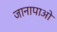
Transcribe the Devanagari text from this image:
जानापाओ